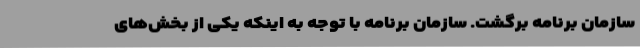
سازمان برنامه برگشت. سازمان برنامه با توجه به اینکه یکی از بخش‌های